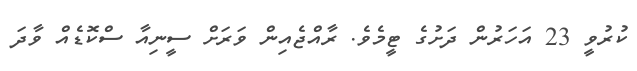
ކުރުވީ 23 އަހަރުން ދަށުގެ ޓީމެވެ. ރާއްޖެއިން ވަރަށް ސީނިއާ ސްކޮޑެއް ވާދަ